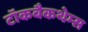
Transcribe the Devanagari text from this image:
टॉकबैकथेम्स